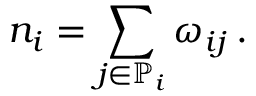
n _ { i } = \sum _ { j \in \mathbb { P } _ { i } } \omega _ { i j } \, .